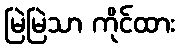
မြဲမြဲသာ ကိုင်ထား